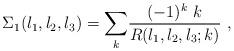
LaTeX: \begin{align*}\Sigma_{1}(l_{1},l_{2},l_{3})=\displaystyle{\sum_{k}}\frac{(-1)^{k}\ k}{R(l_{1},l_{2},l_{3};k)}\ ,\end{align*}